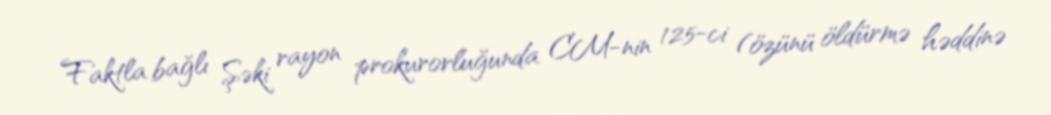
Faktla bağlı Şəki rayon prokurorluğunda CM-nin 125-ci (özünü öldürmə həddinə